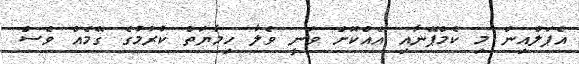
އެޕަލްއިން މި ކެމްޕޭނާއި އެއްކޮށް ވަނީ ވެލާ ހިމާޔަތް ކުރުމުގެ ގޭމެއް ވެސް